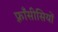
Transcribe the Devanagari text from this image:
फ़्राँसीसियों